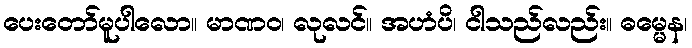
ပေးတော်မူပါလော။ မာဏဝ၊ လုလင်။ အဟံပိ၊ ငါသည်လည်း။ ဓမ္မေန၊